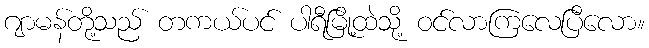
ဂျာမန်တို့သည် တကယ်ပင် ပါရီမြို့ထဲသို့ ဝင်လာကြလေပြီလော။